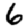
Digit: 6